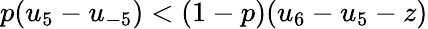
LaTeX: p(u_{5}-u_{-5})<(1-p)(u_{6}-u_{5}-z)